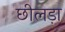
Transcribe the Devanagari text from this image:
छीलड़ा